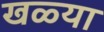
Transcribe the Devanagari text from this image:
खळ्या